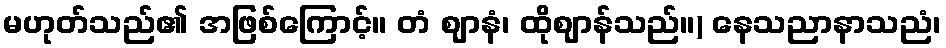
မဟုတ်သည်၏ အဖြစ်ကြောင့်။ တံ ဈာနံ၊ ထိုဈာန်သည်။) နေသညာနာသညံ၊